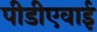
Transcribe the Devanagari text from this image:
पीडीएवाई